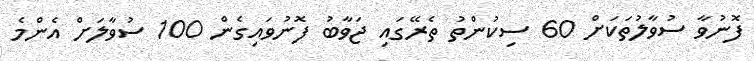
ފޮނުވާ ސުވާލުތަކަށް 60 ސިކުންތު ތެރޭގައި ޖަވާބު ފޮނުވައިގެން 100 ސުވާލަށް އެންމެ